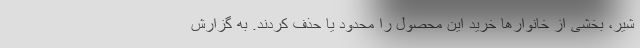
شیر، بخشی از خانوارها خرید این محصول را محدود یا حذف کردند. به گزارش